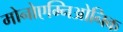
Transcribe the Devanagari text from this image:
मोनोएम्निओनिक